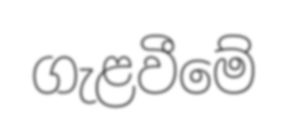
ගැළවීමේ